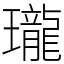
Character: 瓏